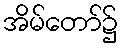
အိမ်တော်၌